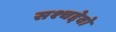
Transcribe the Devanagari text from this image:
सश्चद्देवो